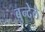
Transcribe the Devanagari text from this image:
बुन्देले